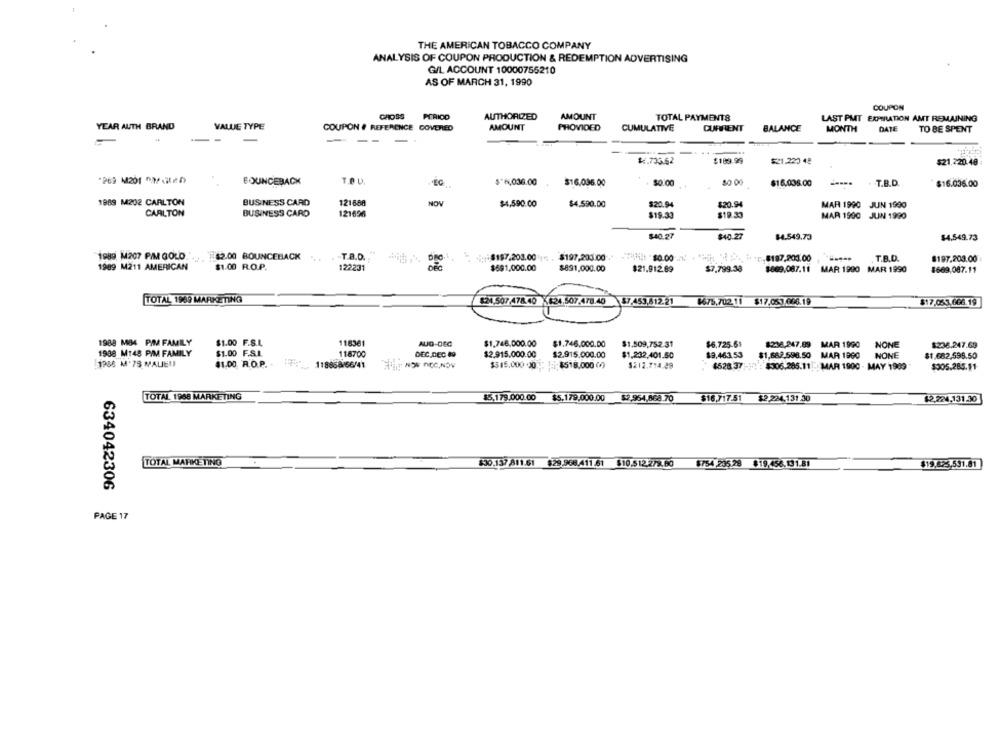
THE AMERICAN TOBACCO COMPANY
ANALYSIS OF COUPON PRODUCTION & REDEMPTION ADVERTISING
G/L ACCOUNT 10000755210
AS OF MARCH 31, 1990
COUPON
PERICO
AUTHORIZED
AMOUNT
TOTAL PAYMENTS
LAST PMIT EXPIRATION AMT REMAINING
YEAR AUTH BRAND
VALUE TYPE
COUPON # REFERENCE COVERED
AMOUNT
PROVIDED
CUMULATIVE
CURRENT
BALANCE
MONTH
DATE
TO BE SPENT
-
--
-
1.733.62
$189.99
$21.220 48
$21,220.48
BOUNCEBACK
TOU.
$*6,036.00
50 00
$16,036.00
$16.035.00
T.B.D.
$16.036.00
1989 M202 CARLTON
BUSINESS CARD
121688
NOV
$4,590.00
$4.590.00
$20.94
$20.94
MAR 1990 JUN 1990
CARLTON
BUSINESS CARD
121696
$19.33
$19.33
MAR 1990 JUIN 1990
$40.27
$40.27
$4.549.73
$4.549.73
1989 M207 PIM GOLD
$2.00 BOUNCEBACK
T.A.D.
-$197.203.00 1℃
$197,203.00
,$187,201.00
T.B.D.
8197.203.00
1989 M211 AMERICAN
$1.00 R.O.P.
122231
$691,000.00
$831,000.00
$21.912.69
$7.799.38
$869.087.11 MAR 1990 MAR 1990
8669,087.11
TOTAL 1969 MARKETING
87.453,612.21
8675,702 11
$17,053.666.19
$17.053.666.19
1988 MO4 PIM FAMLLY
$1.00 F.S.L
118361
AUG-DEG
$1,746.000.00
$1.746.000.00
$1,509,752.31
$6,725-61
$236.247.89 MAR 1990
NONE
$236.247.69
1988 M148 PIM FAMILY
$1.00 F.S.L.
118700
DEC.DEC 49
$2.915.000.00
$2.915.000.00
$1.232,401.50
$9.463.53
$1.662.598.50 MAR 1990
NONE
$1.682.595.50
1988 M'75 MALIEU
$1.00 R.O.P. ..
118858/66/41
THIEF NOW nCC,NOW
$515.000 .00 : $518.000 (0)
$212.714.49
$528 37 -1': $306.285.11 : MAR 1900 - MAY 1989
$305.285.91
TOTAL 1908 MARKETING
$5,179.000.00
$5.179,000.00
$2.954,868.70
$16.717.51 $2.224.131.30
$2,224.131.30
TOTAL MARKETING
$30.137 811.61 $29.968.411.61 $10.512.2/9.60
$754 235.28 819.456.131.81
$19.623,531.81
634042306
PAGE 17